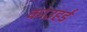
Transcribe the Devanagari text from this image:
काउहर्ड